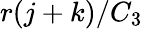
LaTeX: r(j+k)/C_{3}